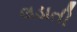
લડાતી